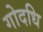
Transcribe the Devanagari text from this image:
गोदधि